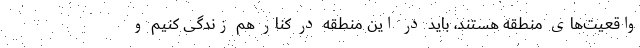
واقعیت‌های منطقه هستند، باید در این منطقه در کنار هم زندگی کنیم و